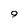
Character: 9